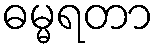
ဓမ္မရတာ